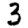
Digit: 3